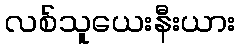
လစ်သူယေးနီးယား